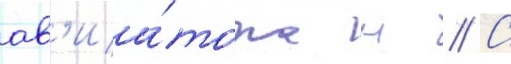
ав'иа́тора н // С